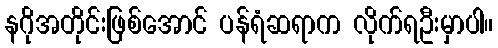
နဂိုအတိုင်းဖြစ်အောင် ပန်ရံဆရာက လိုက်ရဦးမှာပါ။